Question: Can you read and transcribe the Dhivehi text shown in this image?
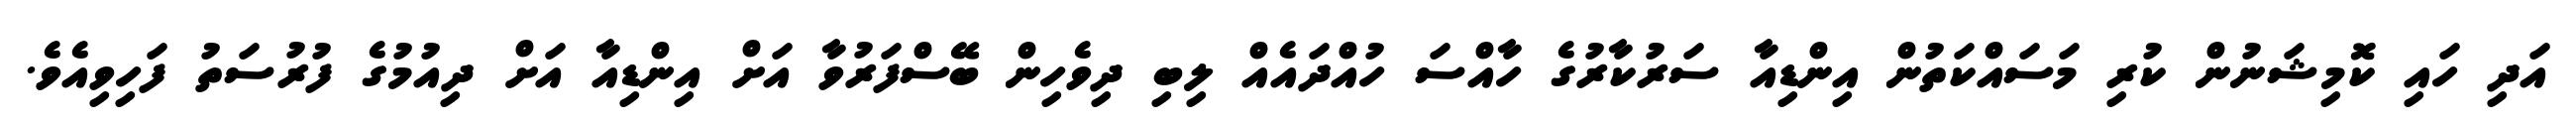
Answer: އަދި ހައި ކޮމިޝަނުން ކުރި މަސައްކަތުން އިންޑިއާ ސަރުކާރުގެ ހާއްސަ ހުއްދައެއް ލިބި ދިވެހިން ބޭސްފަރުވާ އަށް އިންޑިއާ އަށް ދިއުމުގެ ފުރުސަތު ފަހިވިއެވެ.